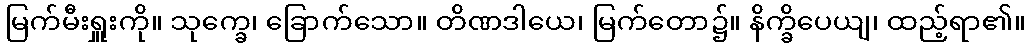
မြက်မီးရှူးကို။ သုက္ခေ၊ ခြောက်သော။ တိဏဒါယေ၊ မြက်တော၌။ နိက္ခိပေယျ၊ ထည့်ရာ၏။